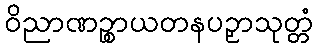
ဝိညာဏဉ္စာယတနပဉှာသုတ္တံ